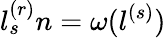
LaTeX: l_{s}^{(r)}n=\omega(l^{(s)})